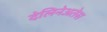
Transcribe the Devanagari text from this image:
देलिनेअतेस